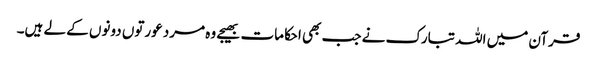
قرآن میں اللہ تبارک نے جب بھی احکامات بھیجے وہ مرد عورتوں دونوں کے لے ہیں۔